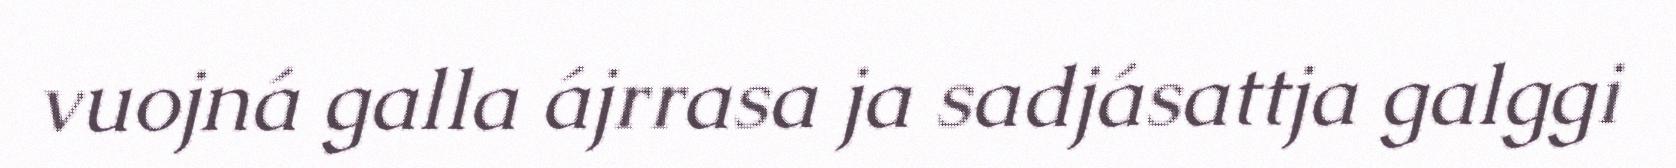
vuojná galla ájrrasa ja sadjásattja galggi